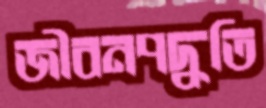
জীবনপদ্ধতি